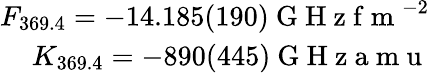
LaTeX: \begin{array}{r}{F_{369.4}=-14.185(190)\mathrm{~G~H~z~f~m~}^{-2}}\\ {K_{369.4}=-890(445)\mathrm{~G~H~z~a~m~u~}}\end{array}